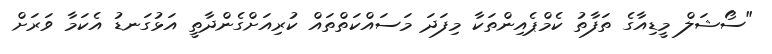
"ސޯޝަލް މީޑިއާގެ ތަފާތު ކެމްޕެއިންތަކާ މިފަދަ މަސައްކަތްތައް ކުރިއަށްގެންދާތީ އަޅުގަނޑު އެކަމާ ވަރަށް